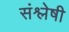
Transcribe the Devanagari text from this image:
संश्लेषी